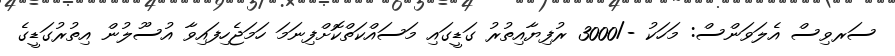
ސަރވިސް އެލަވަންސް: މަހަކު -/3000 ރުފިޔާއިތުރު ގަޑީގައި މަސައްކަތްކޮށްފިނަމަ ހަމަޖެހިފައިވާ އުސޫލުން އިތުރުގަޑީގެ